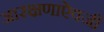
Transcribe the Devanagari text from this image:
आरक्षणाऐवजी